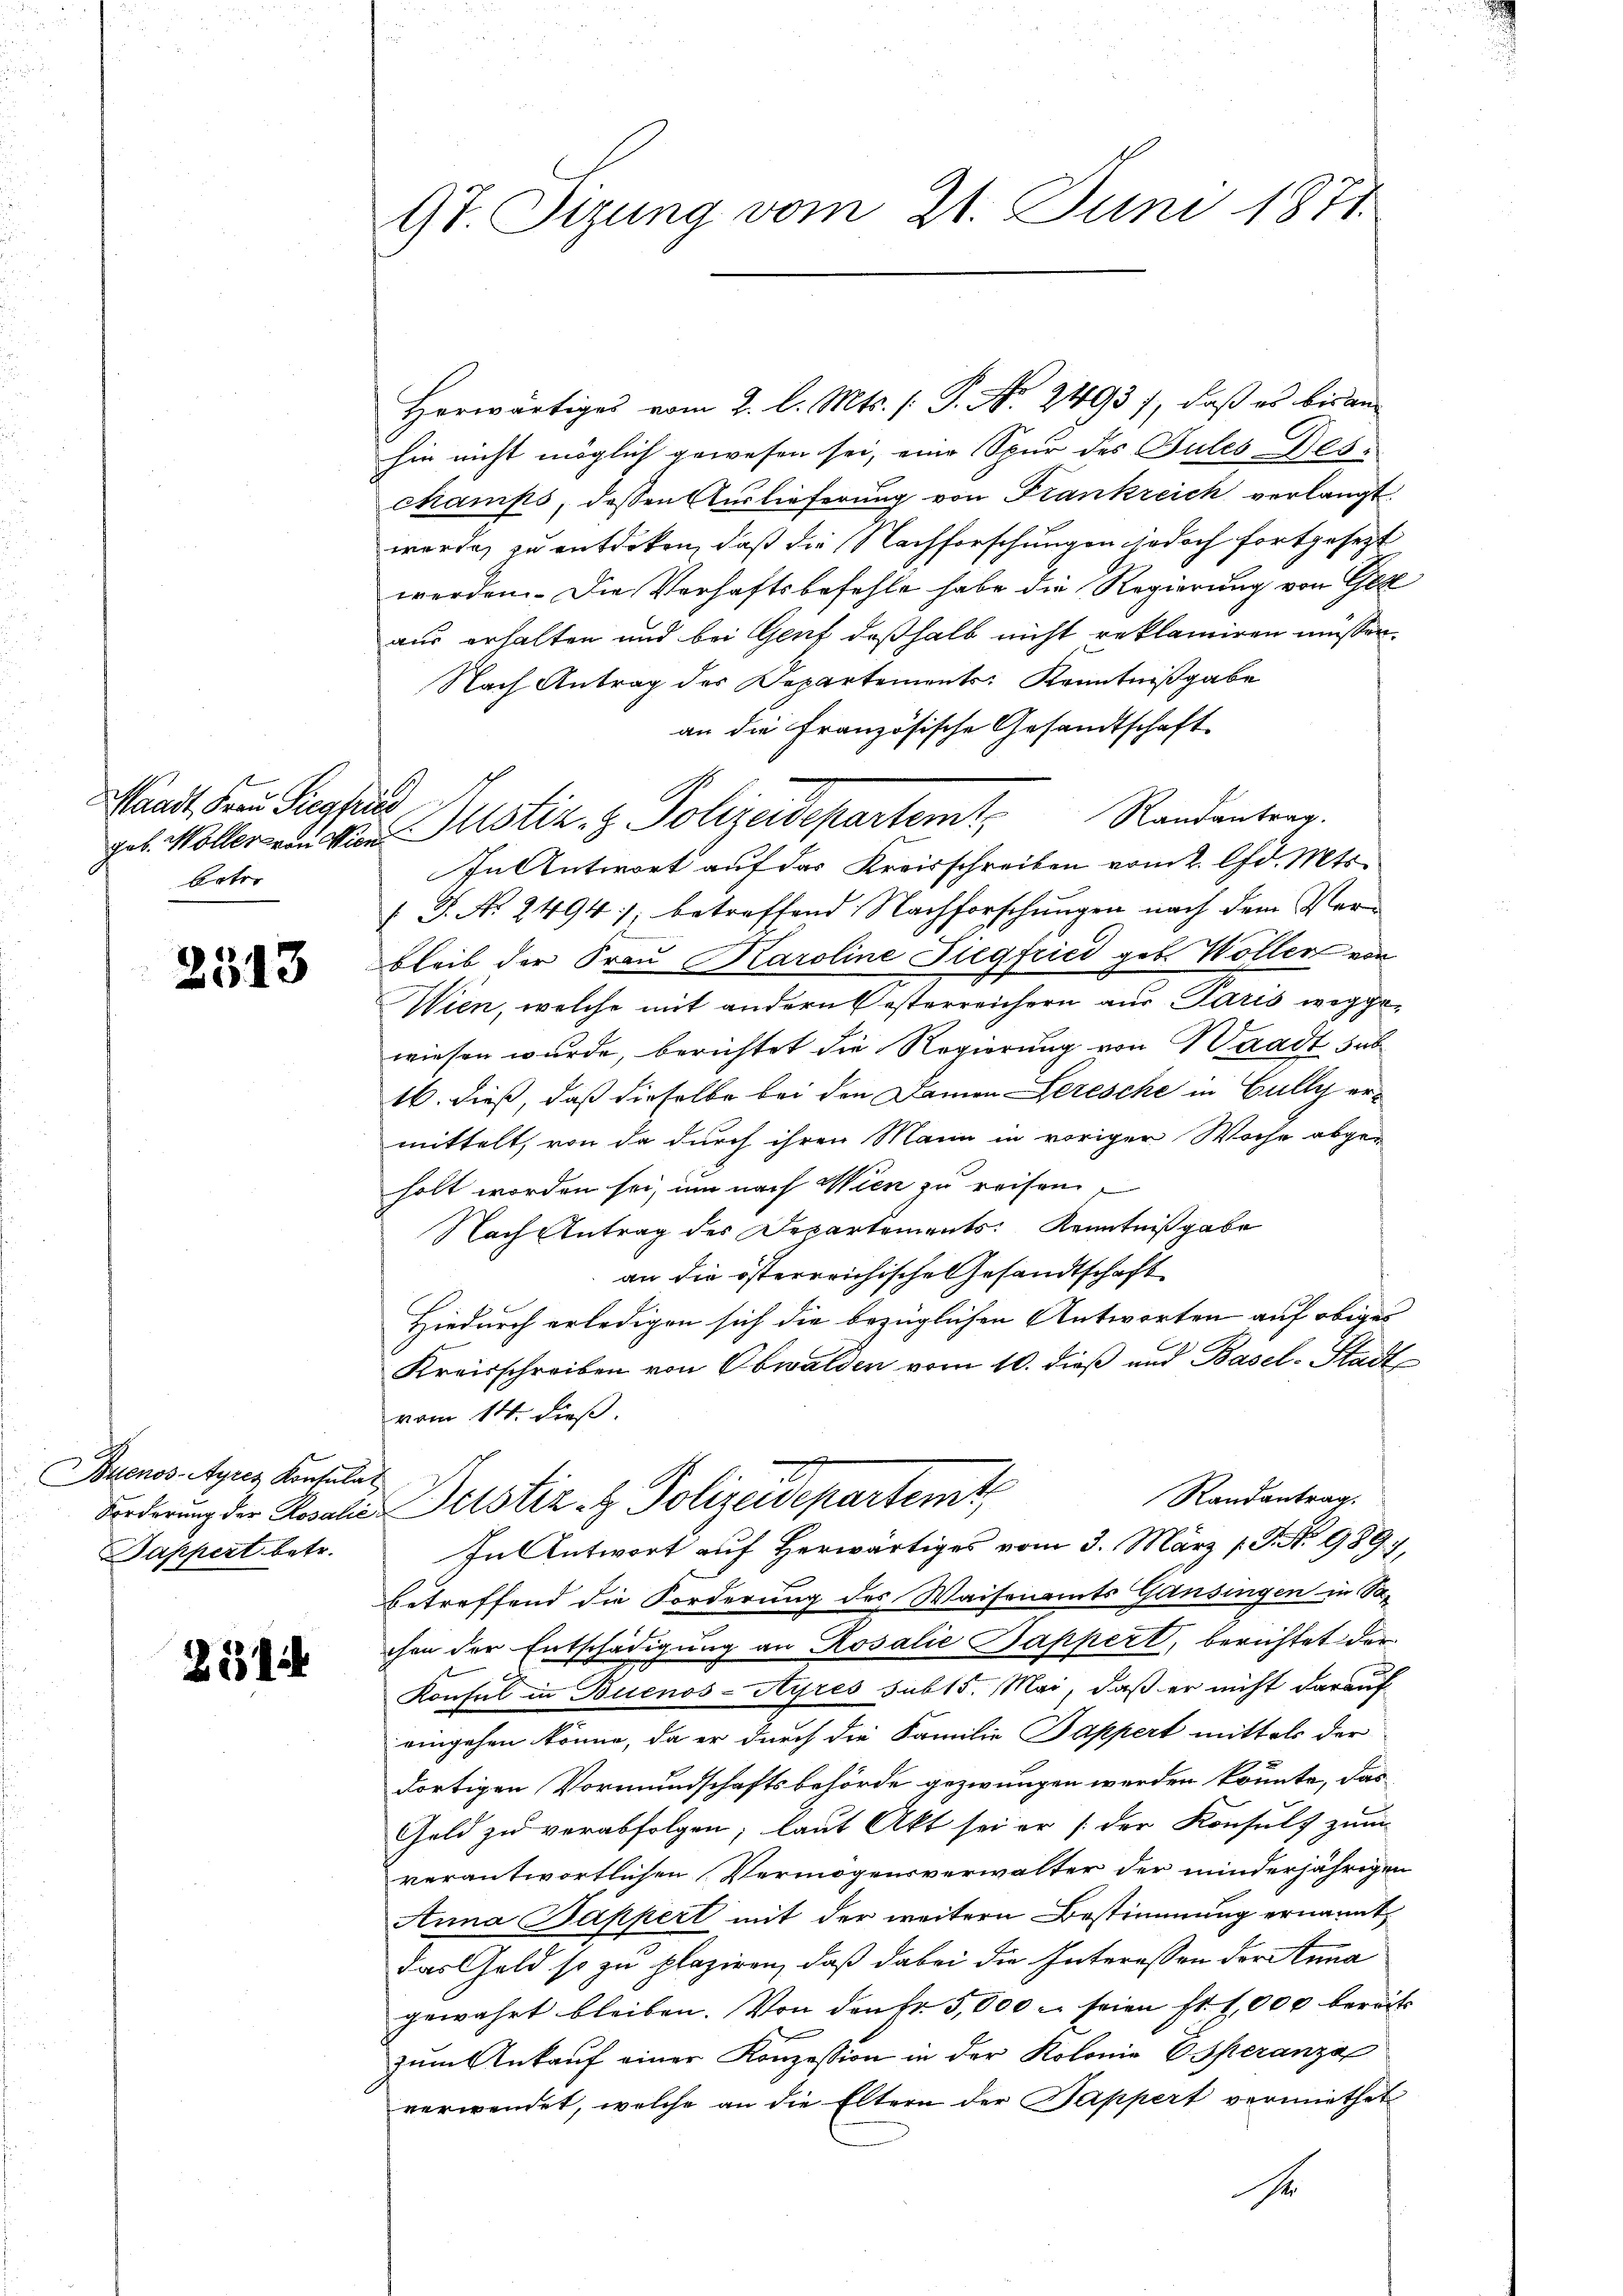
Waadt, Frau Siegfried,
Vater

2513

Buenos-Ayres Konsulat
Dappert betr.

251

9t. Sizung vom 21. Juni 1871.

Herwärtiges vom 2. l. Mts. (: P. Nr. 2493), daß es bisanhin nicht möglich gewesen sei, eine Spur des Gutes Des-
champs, dessen Auslieferung von Frankreich verlangt
werde, zu entdeken, daß die Nachforschungen jedoch fortgesetzt
werden. Die Verhaftsbefehle habe die Regierung von Ges
aus erhalten und bei Genf deßhalb nicht reklamiren müssen.
Nach Antrag des Departements Kenntnißgabe
an die Französische Gesandtschaft
In Antwort auf das Kreisschreiben vom 2. lfd. Mts.
 P. Nr. 2494; betreffend Nachforschungen nach dem Verbleib der Frau Karoline Siegfried geb. Wollen von
Wien, welche mit andern österreich(...) aus Paris weggewiesen wurde, berichtet die Regierung von Waadt sub
16. dieß, daß dieselbe bei den Damen Seresche in Gully ermittelt, von de durch ihren Mann in voriger Woche abgeholt worden sei, um nach Wien zu reisen.
Nach Antrag des Departements Kenntnißgabe
an die österreichische Gesandtschaft
Hiedurch erledigen sich die bezüglichen Antworten auf obiges
Kreisschreiben von Obwalden vom 10. dieß und Basel-Stadt
vom 14. dieß.
e
Randantrag.
Forderung der Regale Beistiz- & Polizeidepartemt
In Antwort auf Herwärtiges vom 3. März (S. 989),
betreffend die Forderung des Waisenamts Gansingen in Sa-
chen der Entschädigung an Rosalie Sappert, berichtet der
Konsul in Buenos-Ayres sub 15. Mai, daß er nicht darauf
eingehen könne, da er durch die Familie Pappert mittels der
dortigen Vormundschaftsbehörde gezwungen werden könnte, das
Geld zu verabfolgen, laut Akt sei er (der Konsuls zum
verantwortlichen Vermögensverwalter der minderjährigen
Anna Bappert mit der weitern Bestimmung ernannt,
das Geld so zu plaziren, daß dabei die Interessen der Anna
gewahrt bleiben. Von den Fr. 5,000 - seien fl. 1,000 bereit
zum Ankauf einer Konzession in der Kolonie Speranza
verwendet, welche an die Eltern der Pappert vermiethet
se

A.
geb. Möller von Vier Astiz- & Polizeidepartemt Randantrag.